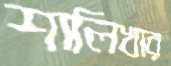
শালিখার